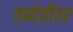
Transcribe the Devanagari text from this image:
तब्येतीवर